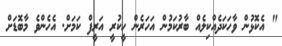
" އެކޮޅުން ވާހަކަދެއްކިލެއް ބާރުކަމުން އަހަރެން ހީކުރީ އަރީފް ކަމަށް. އެހެންވެ މާބޮޑަށް